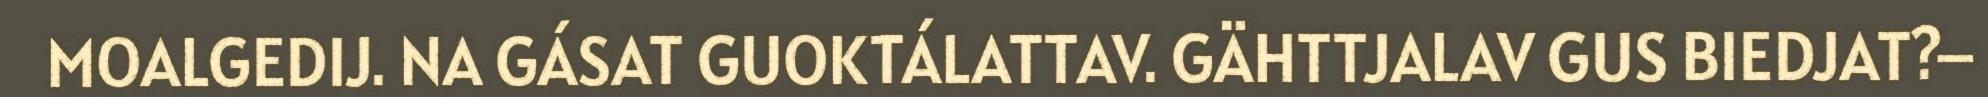
MOALGEDIJ. NA GÁSAT GUOKTÁLATTAV. GÄHTTJALAV GUS BIEDJAT?–